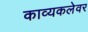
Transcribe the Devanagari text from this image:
काव्यकलेवर